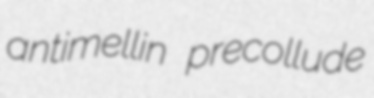
antimellin precollude